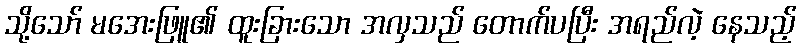
သို့သော် မအေးဖြူ၏ ထူးခြားသော အလှသည် တောက်ပပြီး အရည်လဲ့ နေသည့်